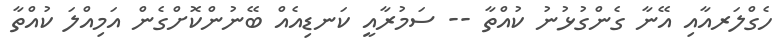
ހެގްލަރއާއި އޭނާ ގެންގުޅުނު ކުއްތާ -- ސަމުރާއީ ކަނޑިއެއް ބޭނުންކޮށްގެން އަމިއްލަ ކުއްތާ